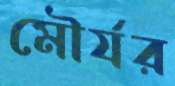
মৌর্যর